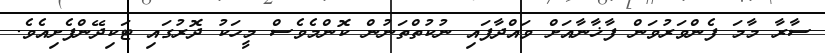
ސާރާ މާމަ ފެންވަރުވަން ފާޚާނާއަށް ވައްދާފައި ނުކުތްތަނުން ކޮންމެވެސް މީހަކު ދޮރުގައި ޓަކިދޭންފެށިއެވެ.